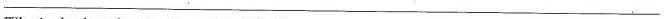
___